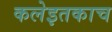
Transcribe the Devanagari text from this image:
कलेइतकाच